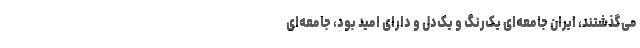
می‌گذشتند، ایران جامعه‌ای یک‌رنگ و یک‌دل و دارای امید بود، جامعه‌ای